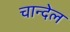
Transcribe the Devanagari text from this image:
चान्देल